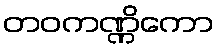
တဝကဏ္ဏိကော